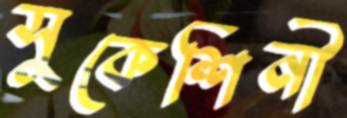
সুকেশিনী